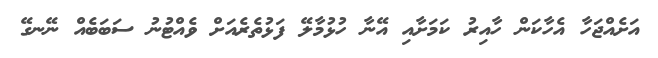
އަށެއްޖަހާ އެހާކަން ހާއިރު ކަމަށާއި އޭނާ ހުޅުމާލޭ ފަޅުތެރެއަށް ވެއްޓުނު ސަބަބެއް ނޭނގޭ